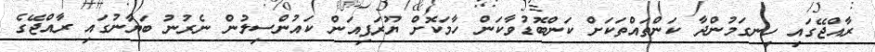
ރާއްޖޭގައި ހިނގަމުންދާ ކަންތައްތަކަށް ކަންބޮޑުވާކަން ހާމަކޮށް ޔޫރަޕިއަން ކައުންސިލުން ނެރުނު ބަޔާނުގައި ރާއްޖޭގެ